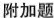
附加题